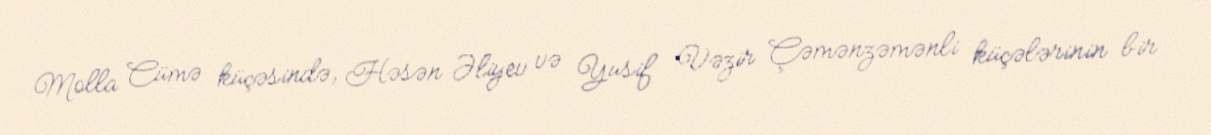
Molla Cümə küçəsində, Həsən Əliyev və Yusif Vəzir Çəmənzəmənli küçələrinin bir